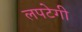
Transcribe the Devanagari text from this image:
लपटेगी